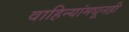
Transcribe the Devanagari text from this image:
वाहिन्यांमधूनही